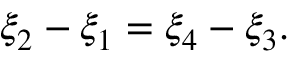
\xi _ { 2 } - \xi _ { 1 } = \xi _ { 4 } - \xi _ { 3 } .